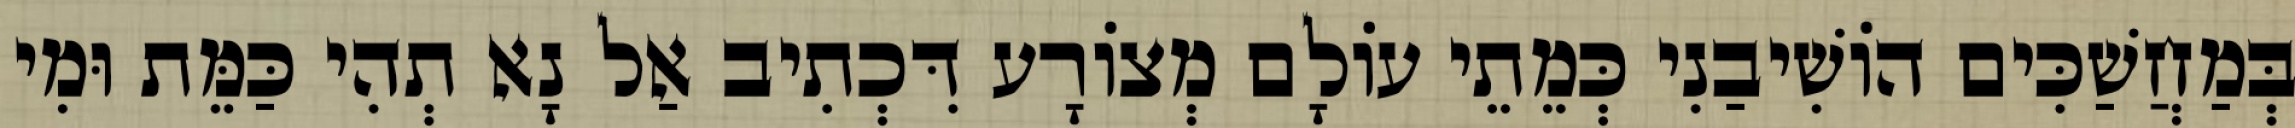
בְּמַחֲשַׁכִּים הוֹשִׁיבַנִי כְּמֵתֵי עוֹלָם מְצוֹרָע דִּכְתִיב אַל נָא תְהִי כַּמֵּת וּמִי